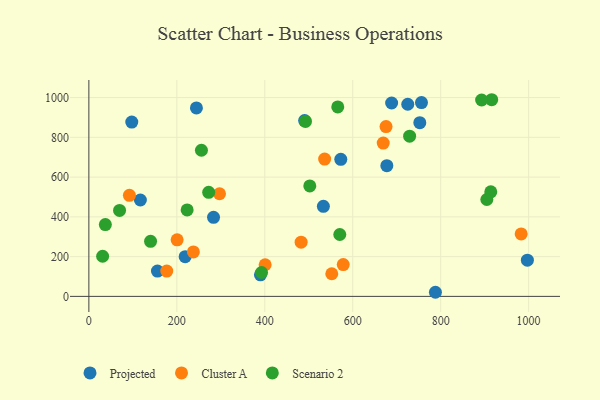
{"axis": {"x": "Study Hours", "y": "Exam Score"}, "legend": ["Cluster A", "Projected", "Scenario 2"], "data": [{"x": "533.3", "y": 452.8, "type": "Projected"}, {"x": "390.2", "y": 108.6, "type": "Projected"}, {"x": "283.5", "y": 397.9, "type": "Projected"}, {"x": "117.1", "y": 484.9, "type": "Projected"}, {"x": "725.2", "y": 966.4, "type": "Projected"}, {"x": "688.5", "y": 972.7, "type": "Projected"}, {"x": "756.4", "y": 975.1, "type": "Projected"}, {"x": "788.1", "y": 20.7, "type": "Projected"}, {"x": "572.9", "y": 689.2, "type": "Projected"}, {"x": "997.2", "y": 182.4, "type": "Projected"}, {"x": "97.6", "y": 876.8, "type": "Projected"}, {"x": "752.6", "y": 873.9, "type": "Projected"}, {"x": "677.6", "y": 657.4, "type": "Projected"}, {"x": "219.0", "y": 199.7, "type": "Projected"}, {"x": "156.0", "y": 127.3, "type": "Projected"}, {"x": "490.7", "y": 884.1, "type": "Projected"}, {"x": "244.6", "y": 948.1, "type": "Projected"}, {"x": "669.4", "y": 771.4, "type": "Cluster A"}, {"x": "482.7", "y": 272.8, "type": "Cluster A"}, {"x": "200.7", "y": 284.4, "type": "Cluster A"}, {"x": "578.5", "y": 160.1, "type": "Cluster A"}, {"x": "536.2", "y": 690.6, "type": "Cluster A"}, {"x": "983.1", "y": 314.1, "type": "Cluster A"}, {"x": "675.8", "y": 854.2, "type": "Cluster A"}, {"x": "552.4", "y": 113.8, "type": "Cluster A"}, {"x": "177.1", "y": 127.3, "type": "Cluster A"}, {"x": "400.9", "y": 159.2, "type": "Cluster A"}, {"x": "237.7", "y": 223.5, "type": "Cluster A"}, {"x": "92.2", "y": 508.3, "type": "Cluster A"}, {"x": "297.1", "y": 516.2, "type": "Cluster A"}, {"x": "223.5", "y": 435.1, "type": "Scenario 2"}, {"x": "256.0", "y": 735.0, "type": "Scenario 2"}, {"x": "37.5", "y": 361.4, "type": "Scenario 2"}, {"x": "914.0", "y": 526.2, "type": "Scenario 2"}, {"x": "729.4", "y": 806.1, "type": "Scenario 2"}, {"x": "272.5", "y": 523.2, "type": "Scenario 2"}, {"x": "916.1", "y": 989.2, "type": "Scenario 2"}, {"x": "502.4", "y": 555.5, "type": "Scenario 2"}, {"x": "566.0", "y": 952.8, "type": "Scenario 2"}, {"x": "492.6", "y": 880.2, "type": "Scenario 2"}, {"x": "140.3", "y": 277.1, "type": "Scenario 2"}, {"x": "69.8", "y": 432.4, "type": "Scenario 2"}, {"x": "905.0", "y": 487.3, "type": "Scenario 2"}, {"x": "893.2", "y": 987.9, "type": "Scenario 2"}, {"x": "31.3", "y": 202.0, "type": "Scenario 2"}, {"x": "570.6", "y": 311.4, "type": "Scenario 2"}, {"x": "392.7", "y": 120.2, "type": "Scenario 2"}]}